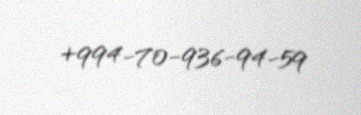
+994-70-936-94-59